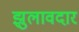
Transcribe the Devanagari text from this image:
झुलावदार